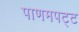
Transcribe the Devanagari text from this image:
पाणमपट्ट